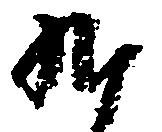
九